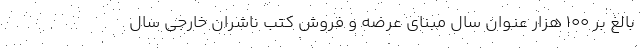
بالغ بر ۱۰۰ هزار عنوان سال مبنای عرضه و فروش کتب ناشران خارجی سال